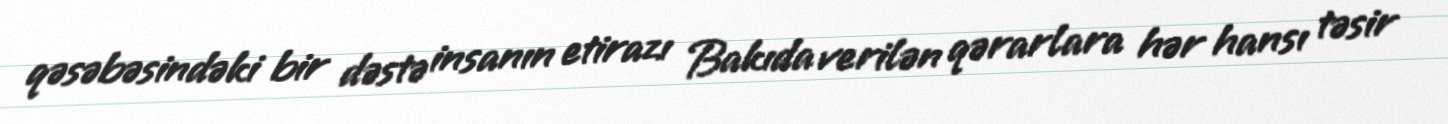
qəsəbəsindəki bir dəstə insanın etirazı Bakıda verilən qərarlara hər hansı təsir